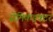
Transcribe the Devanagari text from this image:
सेमिकंडक्‍टर